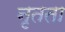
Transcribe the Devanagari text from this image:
नृतता